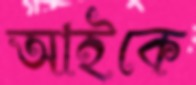
আইকে